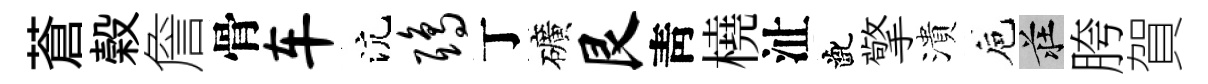
蒼榖詹骨车沆鸱丁礦艮靑橈沚齔擎潰巵莊胯賀